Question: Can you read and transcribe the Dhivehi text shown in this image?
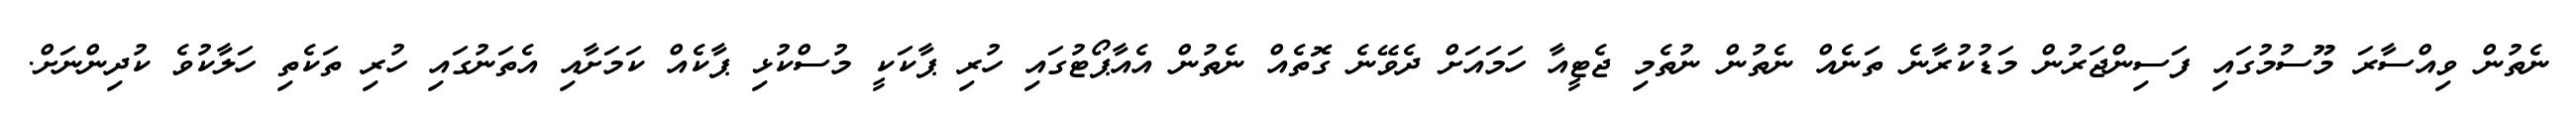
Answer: ނެތުން ވިއްސާރަ މޫސުމުގައި ފަސިންޖަރުން މަޑުކުރާނެ ތަނެއް ނެތުން ނުތެމި ޖެޓީއާ ހަމައަށް ދެވޭނެ ގޮތެއް ނެތުން އެއާޕޯޓުގައި ހުރި ޕާކަކީ މުސްކުޅި ޕާކެއް ކަމަށާއި އެތަނުގައި ހުރި ތަކެތި ހަލާކުވެ ކުދިންނަށް.